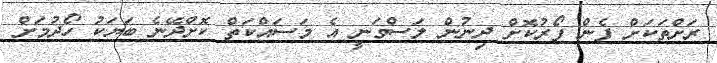
ރަށްތަކަށް ފެން ފޯރުކޮށް ދިނުން ލަސްވަނީ އެ މަސައްކަތް ކޮށްދޭނެ ބަޔަކު ހޯދުމަށް